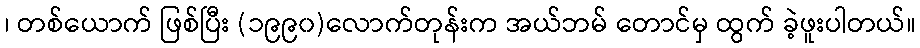
၊ တစ်ယောက် ဖြစ်ပြီး (၁၉၉၀)လောက်တုန်းက အယ်ဘမ် တောင်မှ ထွက် ခဲ့ဖူးပါတယ်။